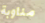
مناوبة